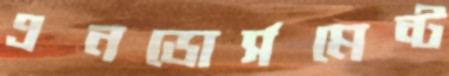
এনডোর্সমেন্ট